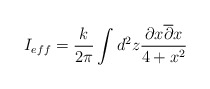
\begin{align*}I_{eff}=\frac {k}{2 \pi} \int d^2z \frac {\partial x\overline {\partial } x}{4+x^2}\end{align*}